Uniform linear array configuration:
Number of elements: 12
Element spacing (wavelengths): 1
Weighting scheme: uniform
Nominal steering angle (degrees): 60
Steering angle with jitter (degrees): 58.526
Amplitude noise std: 0.05
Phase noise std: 0.05

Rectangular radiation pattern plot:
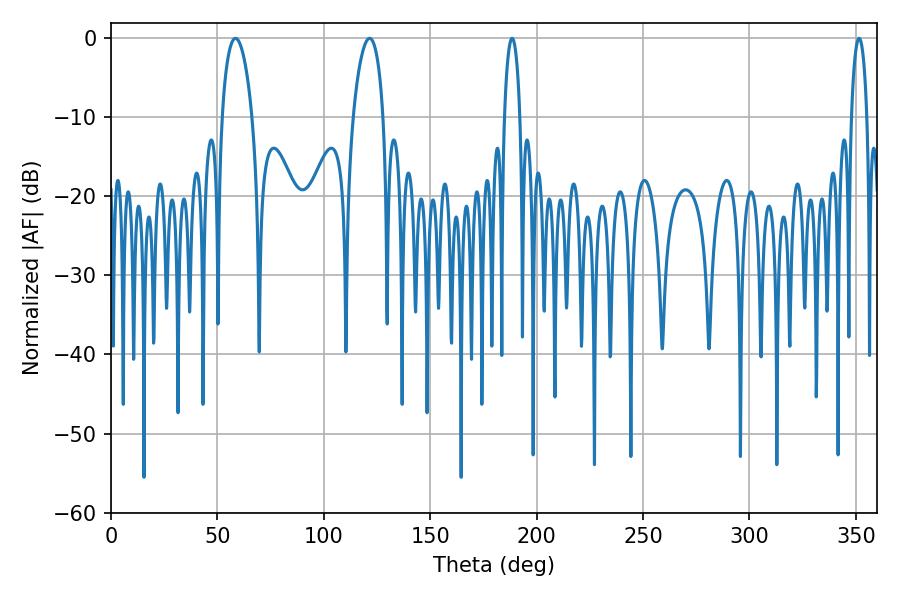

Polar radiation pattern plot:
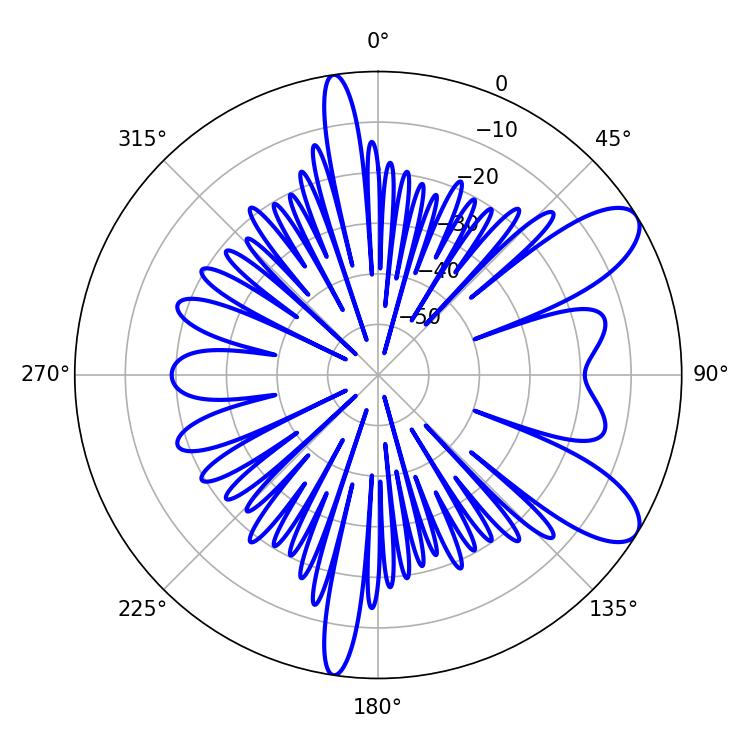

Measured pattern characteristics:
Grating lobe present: TRUE
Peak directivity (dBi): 9.192
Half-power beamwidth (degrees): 8.1
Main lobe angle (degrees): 58.5